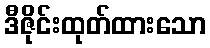
ဒီဇိုင်းထုတ်ထားသော